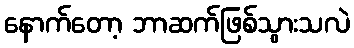
နောက်တော့ ဘာဆက်ဖြစ်သွားသလဲ